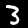
Digit: 3